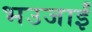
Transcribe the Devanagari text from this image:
भउजाईं